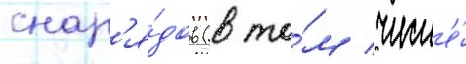
снар'я́дов (в то́м числ'е́